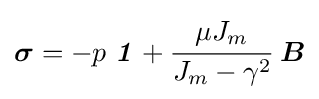
{\boldsymbol {\sigma }}=-p~{\boldsymbol {\mathit {1}}}+{\cfrac {\mu J_{m}}{J_{m}-\gamma ^{2}}}~{\boldsymbol {B}}